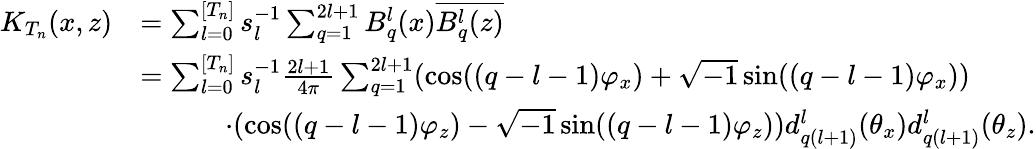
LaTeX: \begin{array}{rl}{K_{T_{n}}(x,z)}&{=\sum_{l=0}^{[T_{n}]}s_{l}^{-1}\sum_{q=1}^{2l+1}B_{q}^{l}(x)\overline{{B_{q}^{l}(z)}}}\\ &{=\sum_{l=0}^{[T_{n}]}s_{l}^{-1}\frac{2l+1}{4\pi}\sum_{q=1}^{2l+1}(\cos((q-l-1)\varphi_{x})+\sqrt{-1}\sin((q-l-1)\varphi_{x}))}\\ &{\qquad\quad\cdot(\cos((q-l-1)\varphi_{z})-\sqrt{-1}\sin((q-l-1)\varphi_{z}))d_{q(l+1)}^{l}(\theta_{x})d_{q(l+1)}^{l}(\theta_{z}).}\end{array}